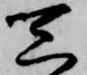
三